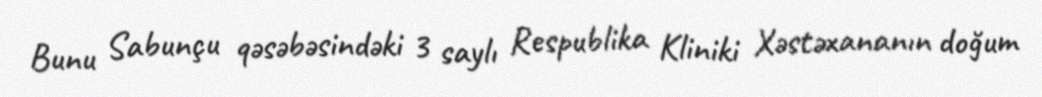
Bunu Sabunçu qəsəbəsindəki 3 saylı Respublika Kliniki Xəstəxananın doğum